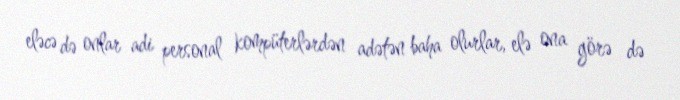
eləcə də onlar adi personal kompüterlərdən adətən baha olurlar, elə ona görə də